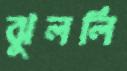
ঝুললি